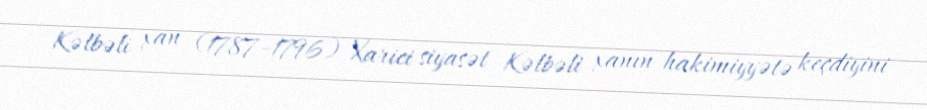
Kəlbəli xan (1787–1796) Xarici siyasət Kəlbəli xanın hakimiyyətə keçdiyini